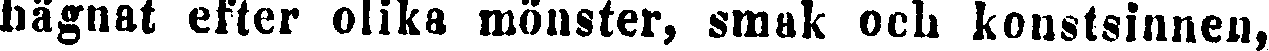
hägnat efter olika mönster, smak och konstsinnen,